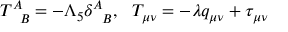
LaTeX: T _ { \phantom { A } B } ^ { A } = - \Lambda _ { 5 } \delta _ { \phantom { A } B } ^ { A } , ~ ~ T _ { \mu \nu } = - \lambda q _ { \mu \nu } + \tau _ { \mu \nu }